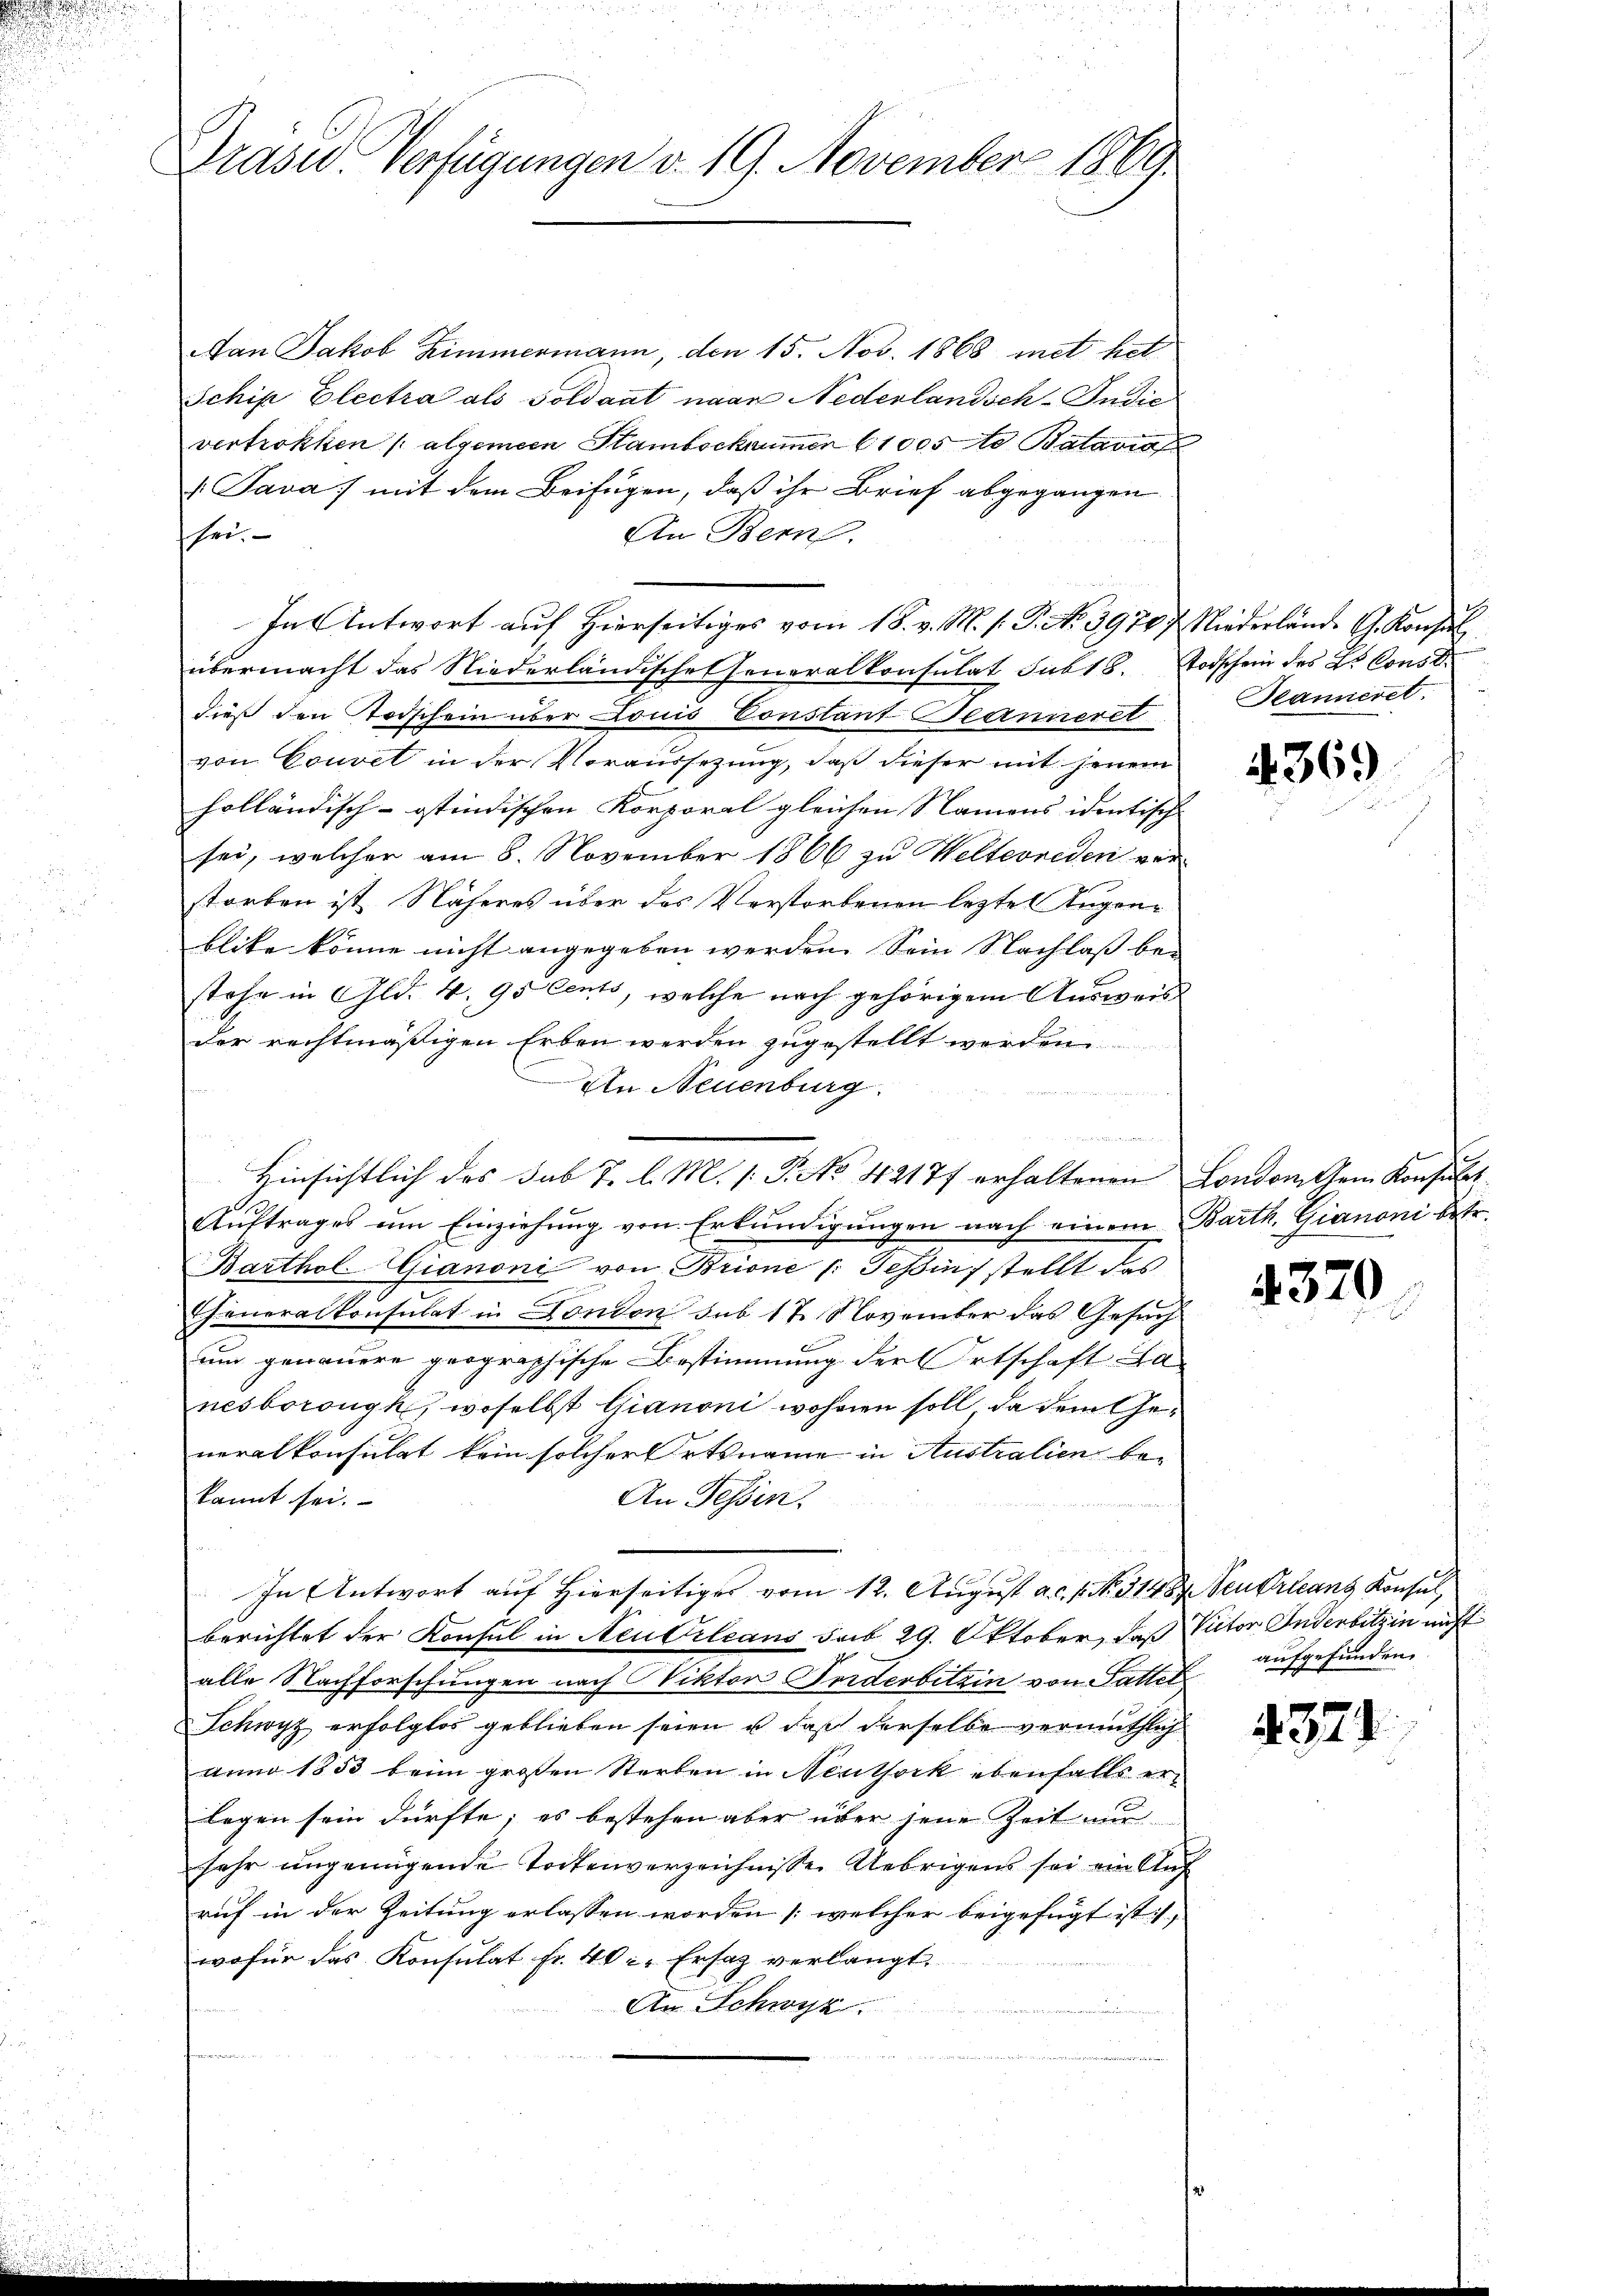
Prase Verfügungen d. 19. November 1869

Aan Jakob Zimmermann, den 15. Nov. 1868 mit het
Schip Electra als Soldant naan Nederlandsch-Indić
vertrökken (algemein Hambschaumer 1005 Batavia
 Java) mit dem Beifügen, daß ihr Brief abgegangen
An Bern.
shei.
In Antwort auf Hierseitiges vom 18. v. M. h. T. No. 39707. Niederländ. G. Konsul
übermacht das Niederländische Generalkonsulat sub 18. Todschein des L. Const.
dieß den Todschein über Louis Constant Jeanneret
von Couvel in der Voraussetzung, daß dieser mit jenem
holländisch-ostindischen Korporal gleichen Namens identisch- |
sei, welcher am 8. November 1866 zu Welterreden verstorben ist. Näheres über das Verstorbenen legten Augenblike könne nicht angegeben werden. Sein Nachlaß bei
stehe in Gld. 4. 95 Cento, welche nach gehörigem Ausweis
der rechtmäßigen Erben werden zugestellt werden.
An Neuenburg.
e

Auftrages um Einziehung von Erkundigungen nach einem Barth. Gianoni betr.
Barthol-Gianoni von Brione (: Teßin stellt das
Generalkonsulat in Fondon sub 17 November das Gesuch
um genauere geographische Bestimmung der Ortschaft a
nesboronyk, woselbst Gianoni wohnen soll, da dem Generalkonsulat kein solcher Ortsname in Australien bekannt sei.
An Tessin.
In Antwort auf Hierseitiges vom 12. August a.c. s. No. 314 Seurleans Konsul,
berichtet der Konsul in Neuvileans sub 29. Oktober, daß Victor Inderbitzin nicht
alle Nachforschungen nach Viktor Inderbitzin von Sattel
Schwyz erfolglos geblieben seien u. daß derselbe vermuthlich
anno 1853 beim großen Sterben in Neuthock ebenfalls erlegen sein dürfte; es bestehen aber über jene Zeit nur
sehr ungenügende Tortenverzeichnisse Uebrigens sei ein Auf
ruf in der Zeitung erlassen worden (welcher beigefügt ist,
wofür das Konsulat fr. 40 l. Ersatz verlangt,
An Schwyz.
 191

e in wie ich in
Hinsichtlich des Sub T. l. M. 1. P. No 42177 erhaltenen London, Gem. Konsulat

Beamieret.

369

4329.

aufgefunden.

1371.